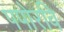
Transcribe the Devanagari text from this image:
पपोरवि